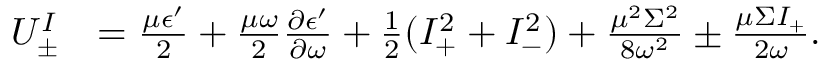
\begin{array} { r l } { U _ { \pm } ^ { I } } & { = \frac { \mu \epsilon ^ { \prime } } { 2 } + \frac { \mu \omega } { 2 } \frac { \partial \epsilon ^ { \prime } } { \partial \omega } + \frac { 1 } { 2 } ( I _ { + } ^ { 2 } + I _ { - } ^ { 2 } ) + \frac { \mu ^ { 2 } \Sigma ^ { 2 } } { 8 \omega ^ { 2 } } \pm \frac { \mu \Sigma I _ { + } } { 2 \omega } . } \end{array}